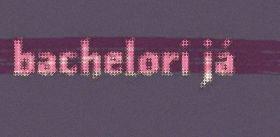
bachelori já